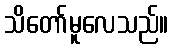
သိတော်မူလေသည်။